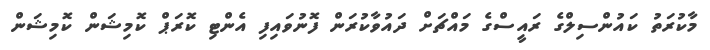
މާކުރަތު ކައުންސިލްގެ ރައީސްގެ މައްޗަށް ދައުވާކުރަން ފޮނުވައިފި އެންޓި ކޮރަޕް ކޮމިޝަން ކޮމިޝަން